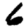
Digit: 6